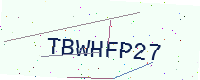
Text: TBWHFP27